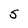
Character: S